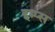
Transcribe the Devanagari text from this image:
इम्प्स